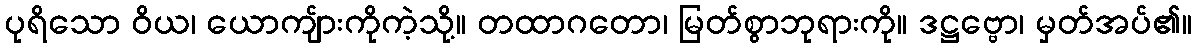
ပုရိသော ဝိယ၊ ယောကျ်ားကိုကဲ့သို့။ တထာဂတော၊ မြတ်စွာဘုရားကို။ ဒဋ္ဌဗ္ဗော၊ မှတ်အပ်၏။